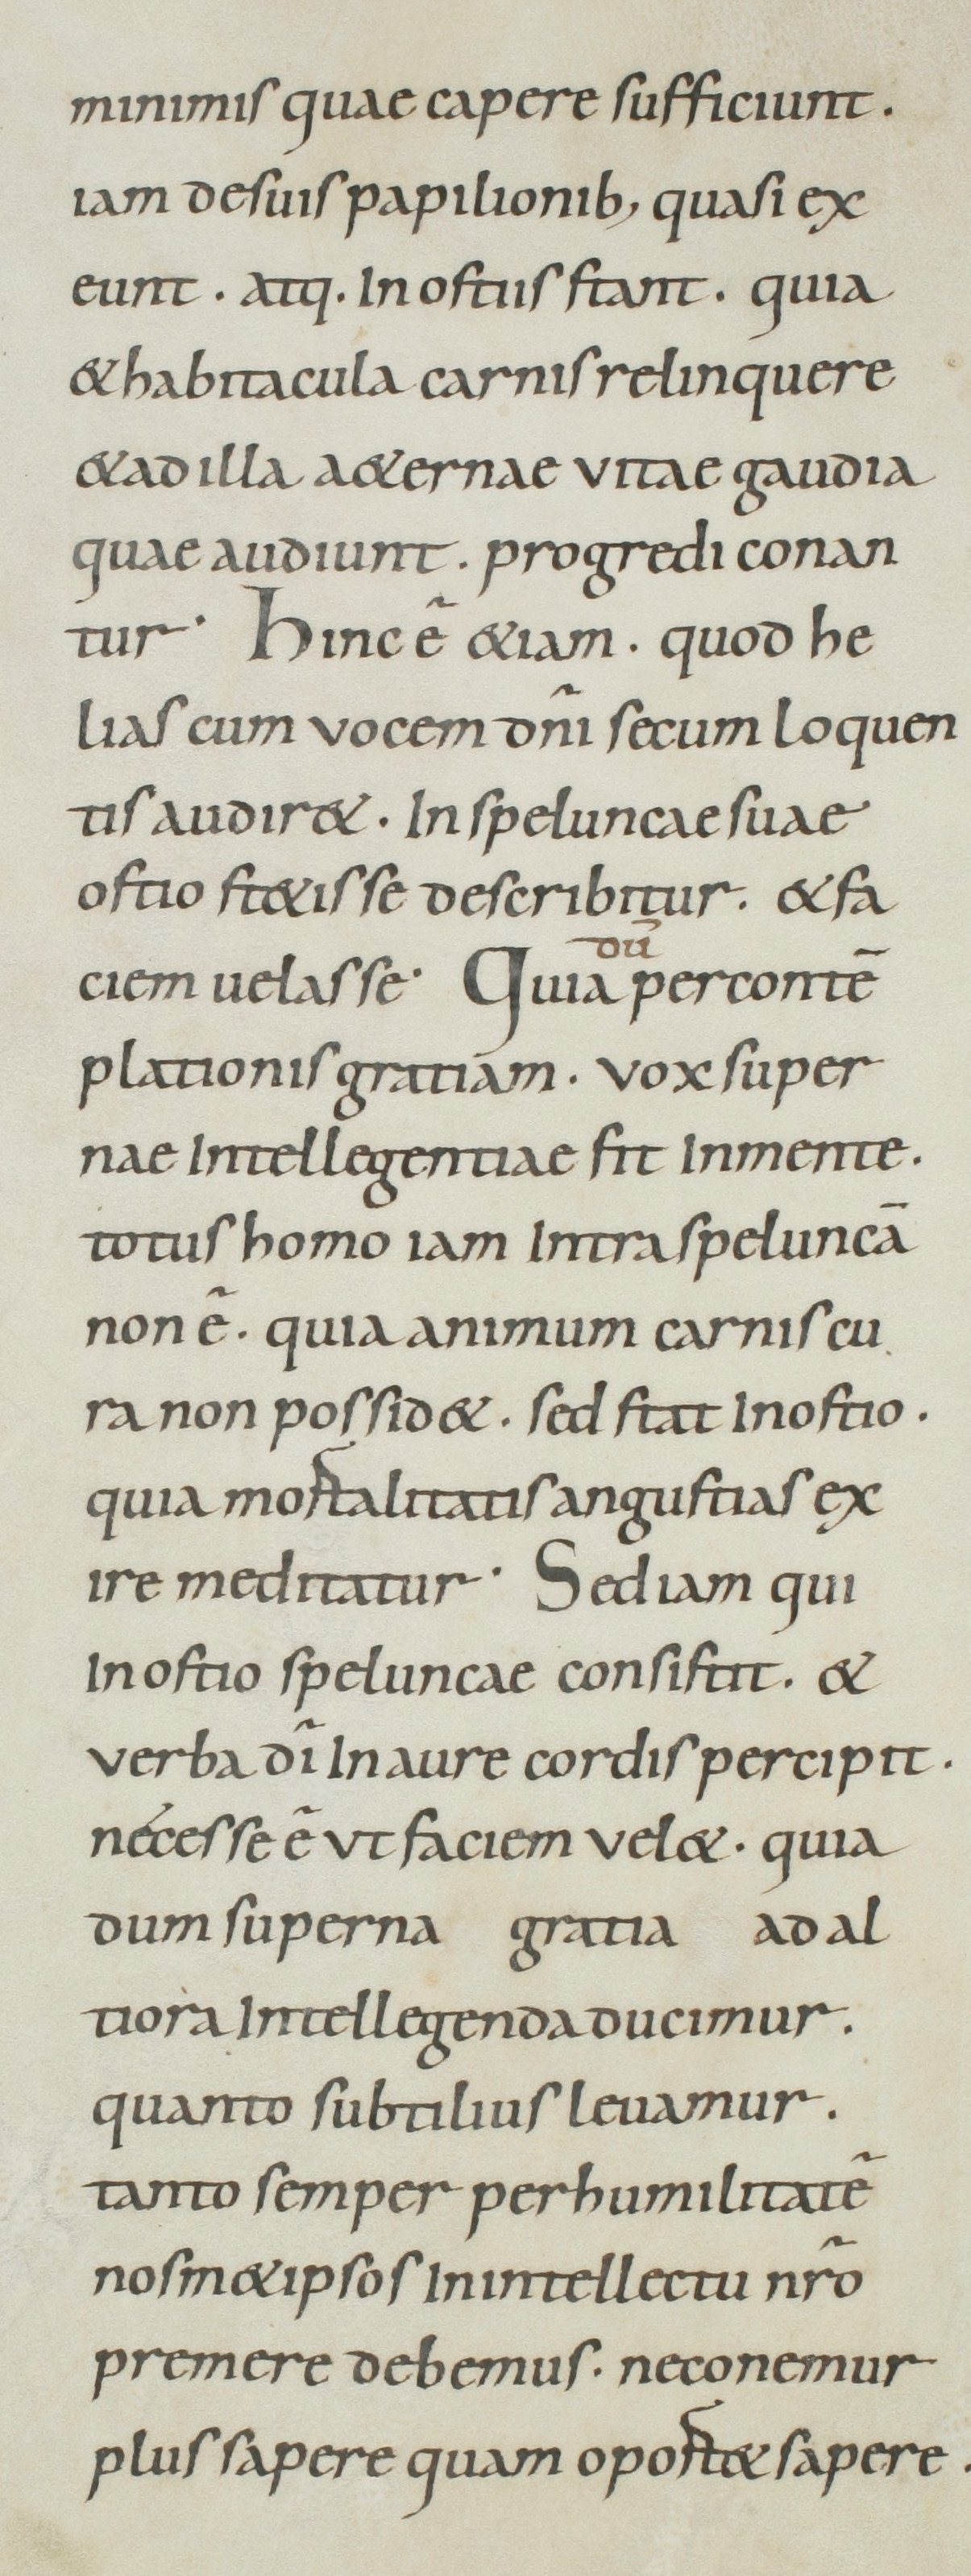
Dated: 800–899